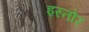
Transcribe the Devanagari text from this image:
इस्तोर